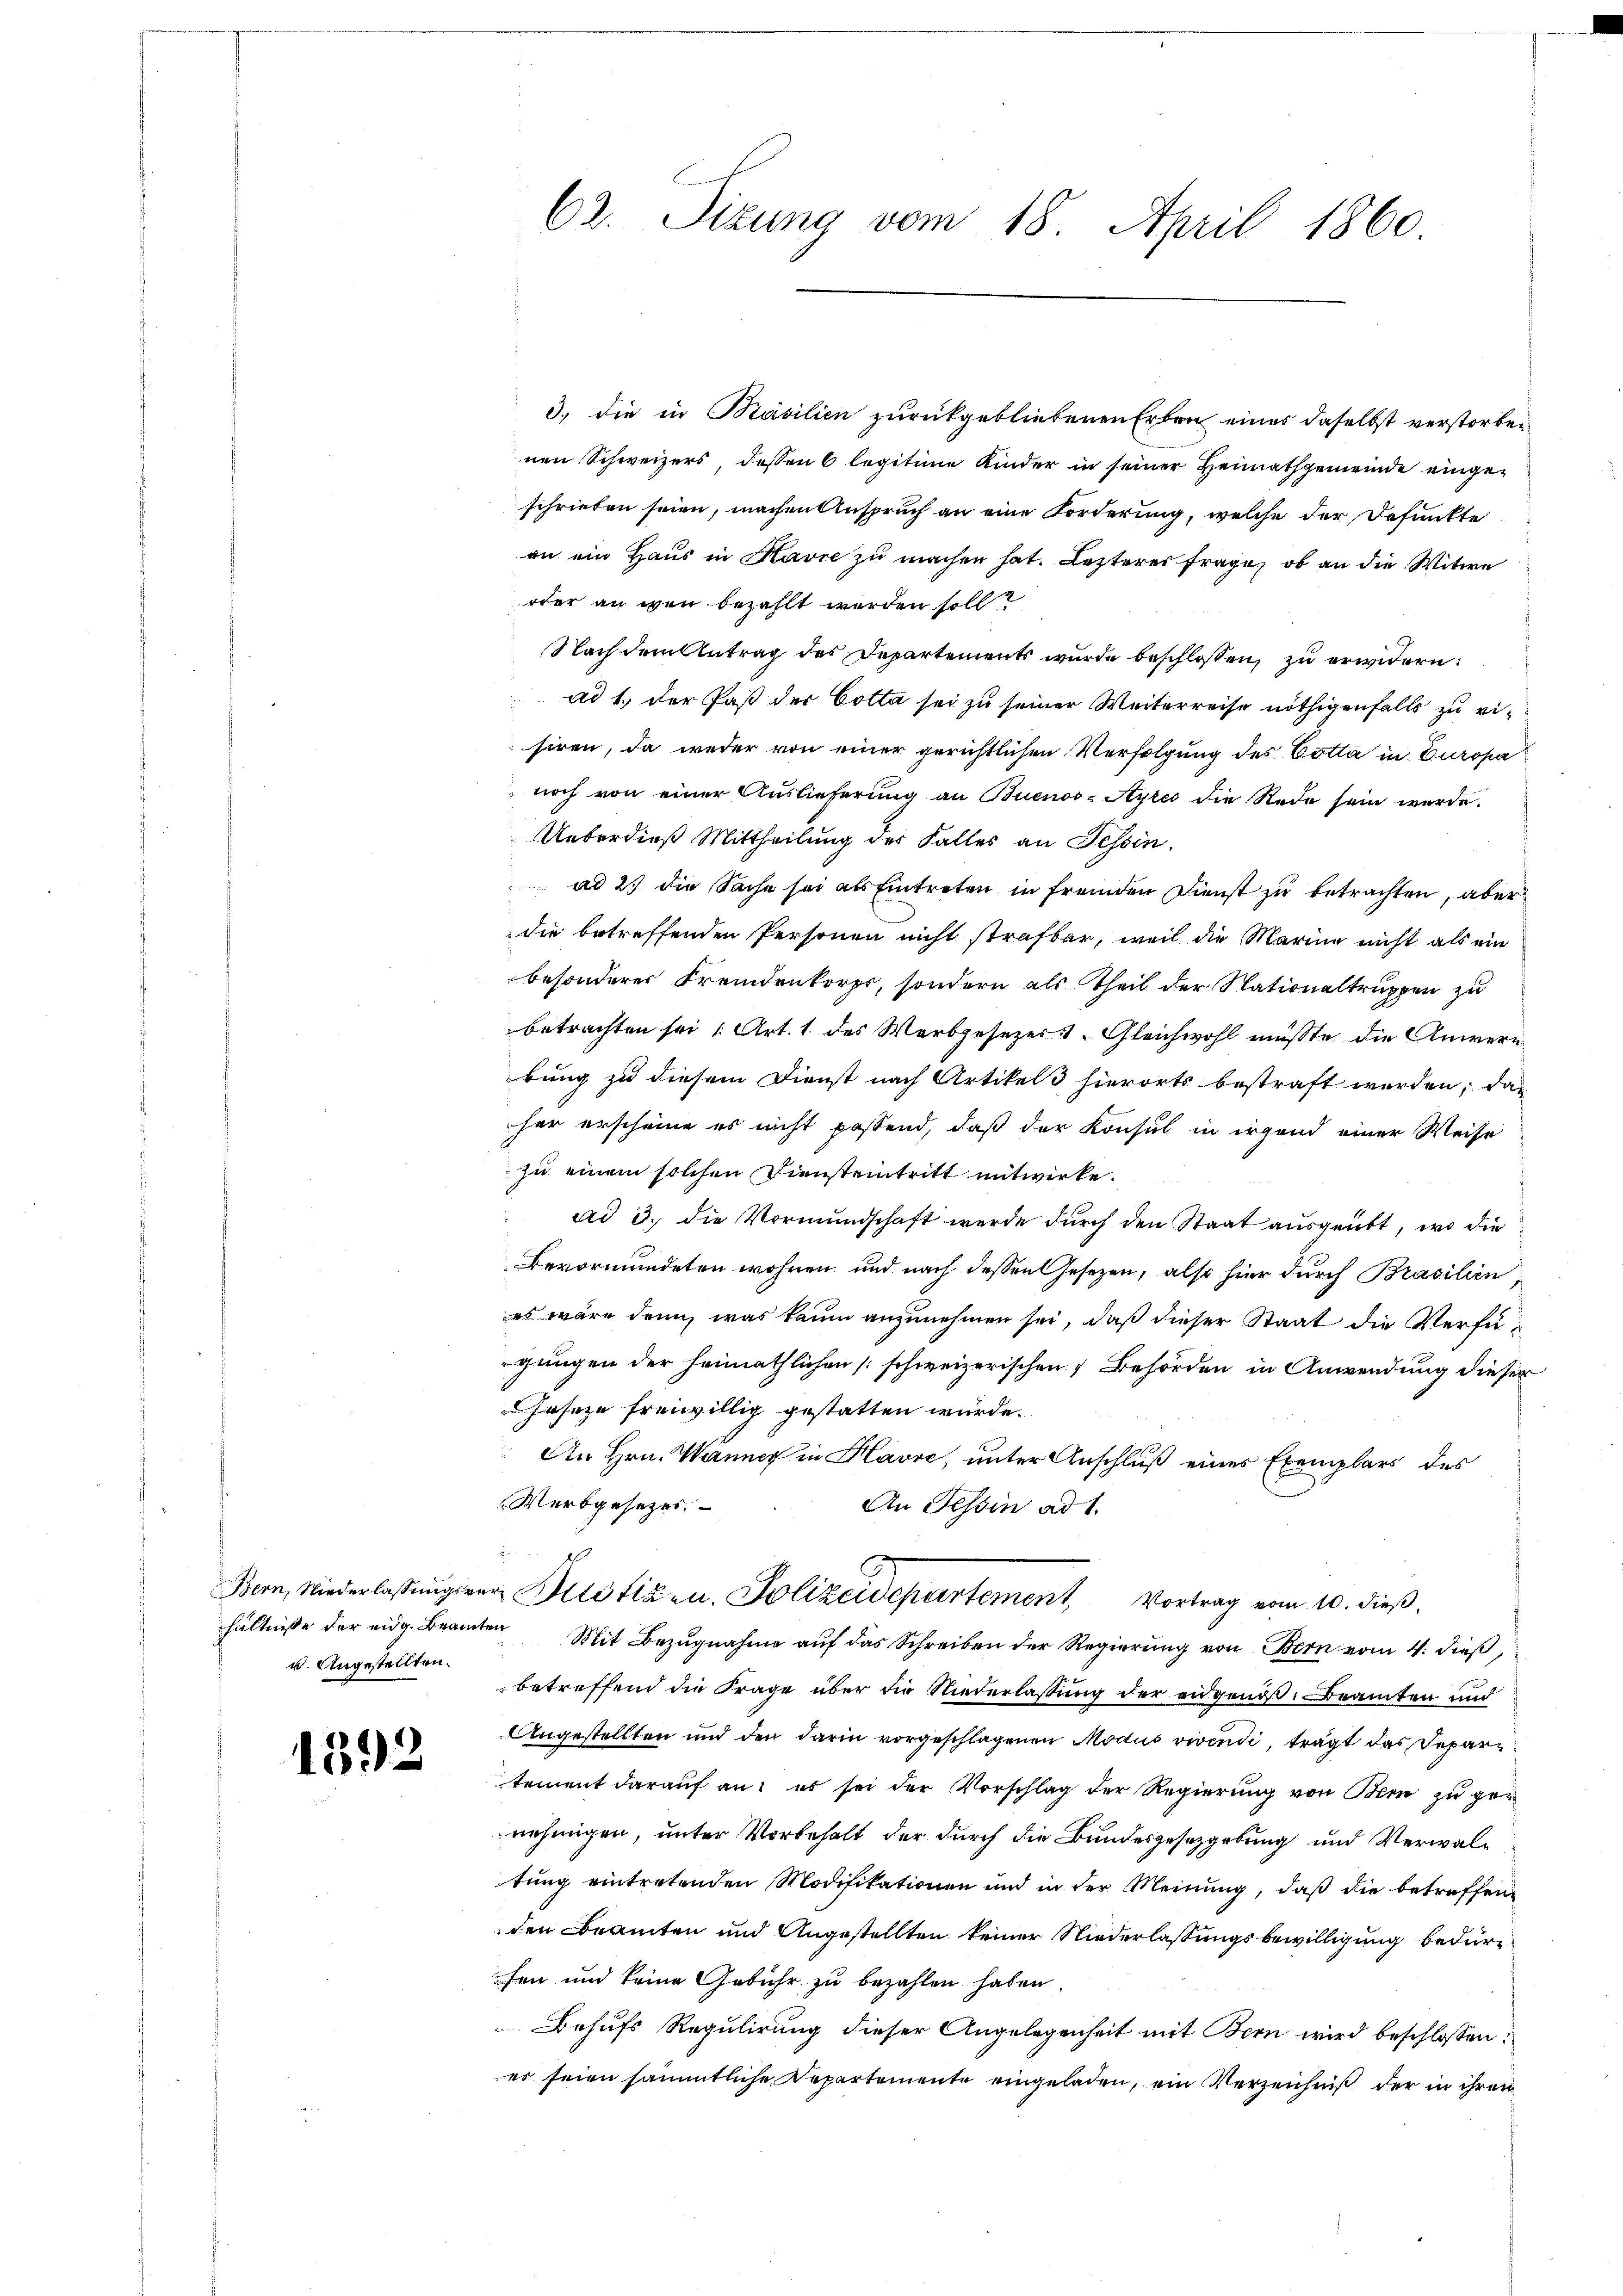
u. Angestellten.

1392

3., die in Basilien zurückgebliebenen Erben eines daselbst verstorben
nen Schweizers, dessen 6 legitime Kinder in seiner Heimathgemeinde eingeschrieben seien, machen Anspruch an eine Forderung, welche der Defunkte
an ein Haus in Havre zu machen hat. Lezteres Frage, ob an die Witwe
oder an wen bezahlt werden soll?
Nach dem Antrag des Departements wurde beschlossen, zu erwidern:
ad 1., der Paß der Cotta sei zu seiner Weiterreise nöthigenfalls zu visiren, da weder von einer gerichtlichen Verfolgung des Cotta in Europa
noch von einer Auslieferung an Buenos-Ayres die Rede sein werde.
Ueberdieß Mittheilung des Falles an Tessin.
ad 23 die Sache sei als Eintreten in fremden Dienst zu betrachten, aber
die betreffenden Personen nicht strafbar, weil die Marina nicht als ein
besonderer Fremdenkorps, sondern als Theil der Stationaltruppen zu
betrachten sei 1 Art. 1. des Werbgesezer. Gleichwohl müßte die Anwern
bung zu diesem Dienst nach Artikels hierorts bestraft werden; das
her erscheine es nicht passend, daß der Konsul in irgend einer Weise
zu einem solchen Diensteintritt mitwirke.
ad 3. die Vormundschaft werde durch den Staat ausgeübt, wo die
Bevormundeten wohnen und nach dessen Gesetzen, also hier durch Brasilien,
es wäre denn, was kaum anzunehmen sei, daß dieser Staat die Verfügungen der heimathlichen schweizerischen Behörden in Anwendung dieser
eseze freiwillig gestatten würde.
An Hrn. Wanner in Havre, unter Anschluß eines Exemplars des
Werbgesezer
An Tessin ad 1.
f
Bern, Niederlassŭngsver Mistiken. Polizeidepartement, Vortrag vom 10. dieß,
hältnisse der eidg. Beamten Mit Bezŭgnahme aŭf das Schreiben der Regierŭng von Bern vom 4. dieβ,
betreffend die Frage über die Niederlassung der eidgenoß. Beamten und
Angestellten und den darin vorgeschlagenen Modus vivendi, trägt das Departement darauf an: es sei der Vorschlag der Regierung von Bern zu genehmigen, unter Vorbehalt der durch die Bundesgesetzgebung und Verwaltung eintretenden Modifikationen und in der Meinung, daß die betreffen
den Beamten und Angestellten keiner Niederlassungsbewilligung bedürfen und keine Gebühr zu bezahlen haben.
Behufs Regulirung dieser Angelegenheit mit Bern wird beschlossen:
es seien sämmtliche Repartemente eingeladen, ein Verzeichniß der in ihren

62. Sizung vom 18. April 1860.